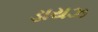
ડાયઝ